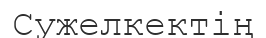
Сужелкектің